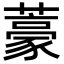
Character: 𮒑